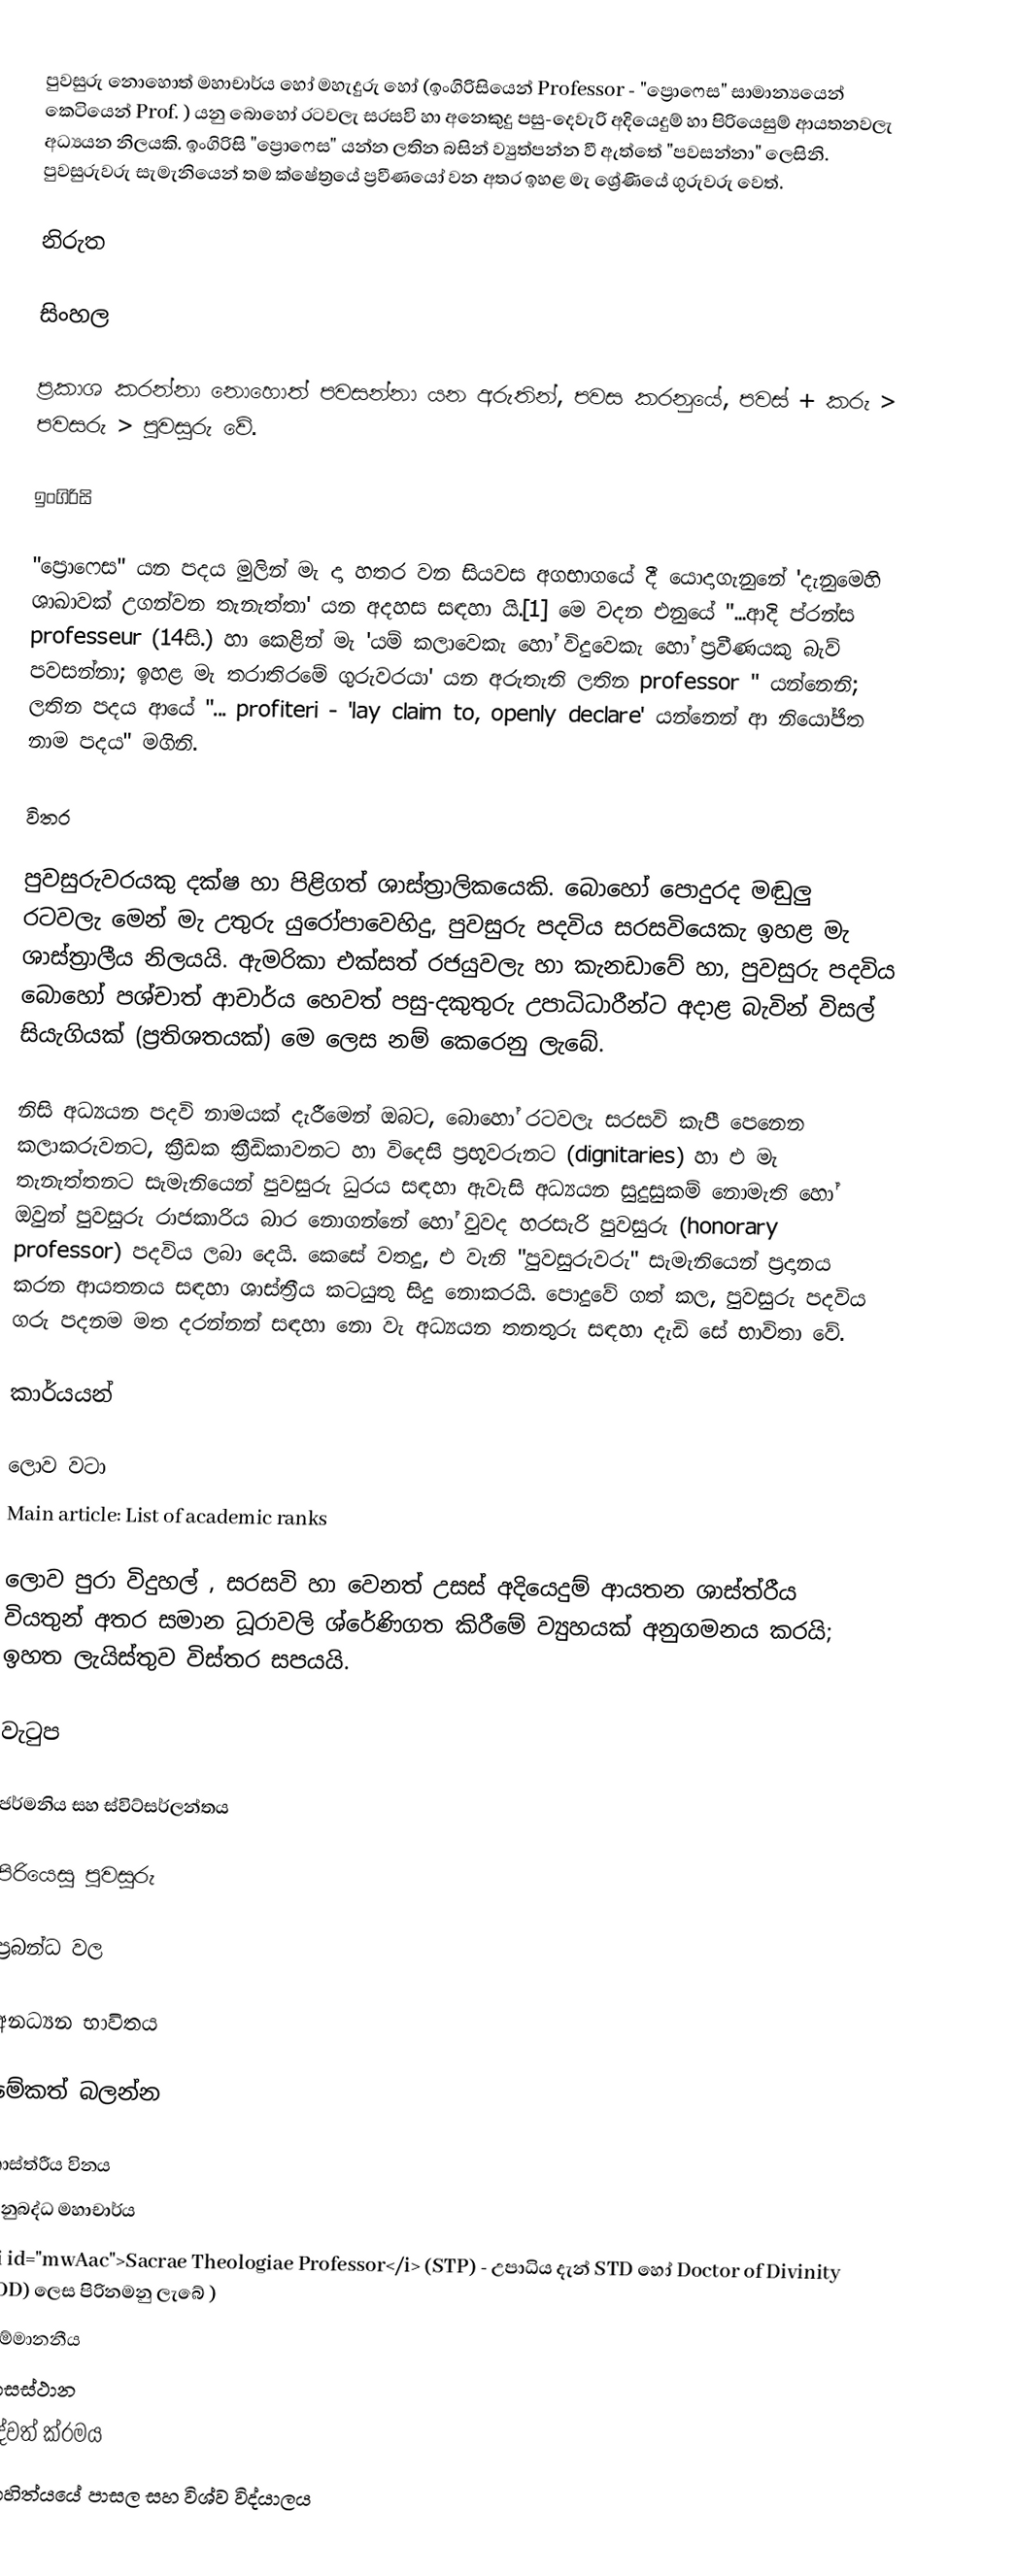
පුවසුරු නොහොත් මහාචාර්ය හෝ මහැදුරු හෝ  (ඉංගිරිසියෙන් Professor - "ප්‍රොෆෙස" සාමාන්‍යයෙන් කෙටියෙන් Prof.  ) යනු බොහෝ රටවලැ සරසවි හා අනෙකුදු පසු-දෙවැරි අදියෙදුම් හා පිරියෙසුම් ආයතනවලැ අධ්‍යයන නිලයකි. ඉංගිරිසි  "ප්‍රොෆෙස" යන්න ලතින බසින් ව්‍යුත්පන්න වී ඇත්තේ "පවසන්නා" ලෙසිනි. පුවසුරුවරු සැමැනියෙන් තම ක්ෂේත්‍රයේ ප්‍රවීණයෝ වන අතර ඉහළ මැ ශ්‍රේණියේ ගුරුවරු වෙත්.

නිරුත

සිංහල

ප්‍රකාශ කරන්නා නොහොත් පවසන්නා යන අරුතින්, පවස කරනුයේ, පවස් + කරු > පවසරු > පුවසුරු වේ.

ඉංගිරිසි

"ප්‍රොෆෙස" යන පදය මුලින් මැ දා හතර වන සියවස අගභාගයේ දී යොදාගැනුනේ 'දැනුමෙහි ශාඛාවක් උගන්වන තැනැත්තා' යන අදහස සඳහා යි.[1] මෙ වදන එනුයේ "...ආදි ප්රන්ස professeur  (14සි.) හා කෙළින් මැ  'යම් කලාවෙකැ හෝ විදුවෙකැ හෝ ප්‍රවීණයකු බැව් පවසන්නා; ඉහළ මැ තරාතිරමේ ගුරුවරයා' යන අරුතැති ලතින professor " යන්නෙනි; ලතින පදය ආයේ "... profiteri - 'lay claim to, openly declare' යන්නෙන් ආ නියෝජිත නාම පදය" මගිනි.

විතර

පුවසුරුවරයකු දක්ෂ හා පිළිගත් ශාස්ත්‍රාලිකයෙකි. බොහෝ පොදුරද මඬුලු රටවලැ මෙන් මැ උතුරු යුරෝපාවෙහිදු, පුවසුරු පදවිය සරසවියෙකැ ඉහළ මැ ශාස්ත්‍රාලීය නිලයයි. ඇමරිකා එක්සත් රජයුවලැ හා කැනඩාවේ හා, පුවසුරු පදවිය බොහෝ  පශ්චාත් ආචාර්ය හෙවත් පසු-දකුතුරු උපාධිධාරීන්ට අදාළ බැවින් විසල් සියැගියක් (ප්‍රතිශතයක්) මෙ ලෙස නම් කෙරෙනු ලැබේ.

නිසි අධ්‍යයන පදවි නාමයක් දැරීමෙන් ඔබට, බොහෝ රටවලැ සරසවි කැපී පෙනෙන කලාකරුවනට, ක්‍රීඩක ක්‍රීඩිකාවනට හා විදෙසි ප්‍රභූවරුනට (dignitaries) හා එ මැ තැනැත්තනට සැමැනියෙන් පුවසුරු ධුරය සඳහා ඇවැසි අධ්‍යයන සුදුසුකම් නොමැති හෝ ඔවුන් පුවසුරු රාජකාරිය බාර නොගන්නේ හෝ වුවද හරසැරි පුවසුරු (honorary professor) පදවිය ලබා දෙයි. කෙසේ වතදු, එ වැනි "පුවසුරුවරු" සැමැනියෙන් ප්‍රදානය කරන ආයතනය සඳහා ශාස්ත්‍රීය කටයුතු සිදු නොකරයි. පොදුවේ ගත් කල, පුවසුරු පදවිය ගරු පදනම මත දරන්නන් සඳහා නො වැ අධ්‍යයන තනතුරු සඳහා දැඩි සේ භාවිතා වේ.

කාර්යයන්

ලොව වටා
Main article: List of academic ranks

ලොව පුරා විදුහල් , සරසවි හා වෙනත් උසස් අදියෙදුම් ආයතන ශාස්ත්රීය වියතුන් අතර සමාන ධූරාවලි ශ්රේණිගත කිරීමේ ව්‍යුහයක් අනුගමනය කරයි; ඉහත ලැයිස්තුව විස්තර සපයයි.

වැටුප

ජර්මනිය සහ ස්විට්සර්ලන්තය

පිරියෙසු පුවසුරු

ප්‍රබන්ධ වල

අනධ්‍යන භාවිතය

මේකත් බලන්න

 ශාස්ත්රීය විනය
 අනුබද්ධ මහාචාර්ය
 <i id="mwAac">Sacrae Theologiae Professor</i> (STP) - උපාධිය දැන් STD හෝ Doctor of Divinity (DD) ලෙස පිරිනමනු ලැබේ )
 සම්මානනීය
 වාසස්ථාන
 විද්වත් ක්රමය
 සාහිත්යයේ පාසල සහ විශ්ව විද්යාලය